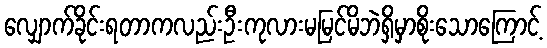
လျှောက်ခိုင်းရတာကလည်းဦးကုလားမမြင်မိဘဲရှိမှာစိုးသောကြောင့်